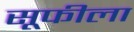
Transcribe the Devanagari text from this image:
सूफीला